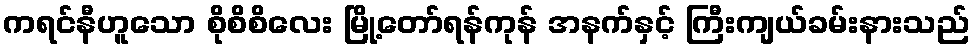
ကရင်နီဟူသော စိုစိစိလေး မြို့တော်ရန်ကုန် အနက်နှင့် ကြီးကျယ်ခမ်းနားသည်